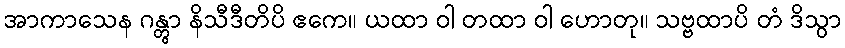
အာကာသေန ဂန္တွာ နိသီဒီတိပိ ဧကေ။ ယထာ ဝါ တထာ ဝါ ဟောတု။ သဗ္ဗထာပိ တံ ဒိသွာ